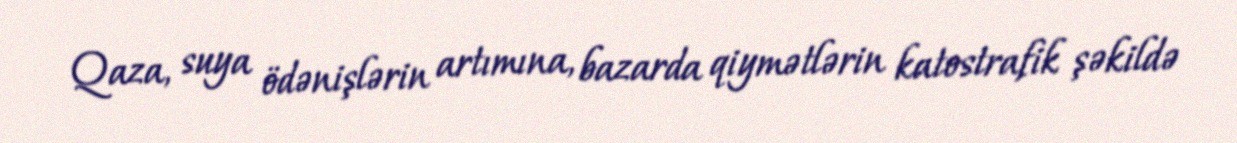
Qaza, suya ödənişlərin artımına, bazarda qiymətlərin katostrafik şəkildə